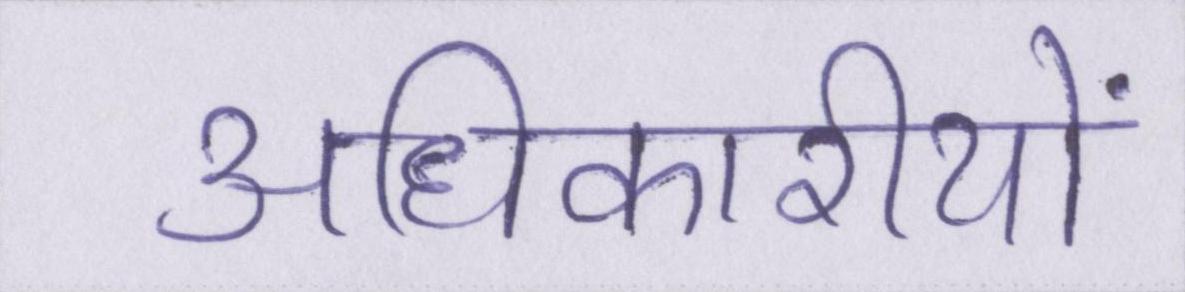
अधिकारीयों